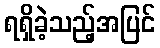
ရရှိခဲ့သည့်အပြင်